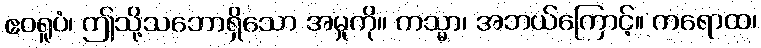
ဧဝရူပံ၊ ဤသို့သဘောရှိသော အမှုကို။ ကသ္မာ၊ အဘယ်ကြောင့်။ ကရောထ၊